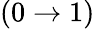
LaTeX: (0\rightarrow 1)